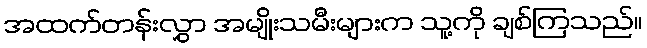
အထက်တန်းလွှာ အမျိုးသမီးများက သူ့ကို ချစ်ကြသည်။